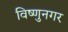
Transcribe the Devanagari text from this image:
विष्णुनगर